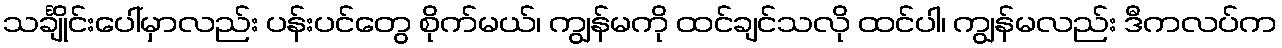
သင်္ချိုင်းပေါ်မှာလည်း ပန်းပင်တွေ စိုက်မယ်၊ ကျွန်မကို ထင်ချင်သလို ထင်ပါ၊ ကျွန်မလည်း ဒီကလပ်က